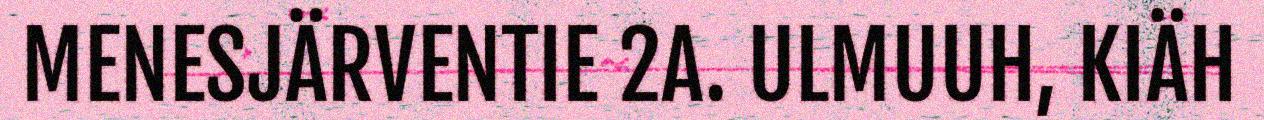
MENESJÄRVENTIE 2A. ULMUUH, KIÄH